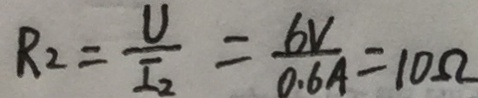
R _ { 2 } = \frac { U } { I _ { 2 } } = \frac { 6 V } { 0 . 6 A } = 1 0 \Omega